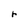
Character: r